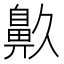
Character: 𪖓